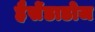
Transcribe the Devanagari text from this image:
हैसेंडाडोज